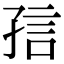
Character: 𡥪